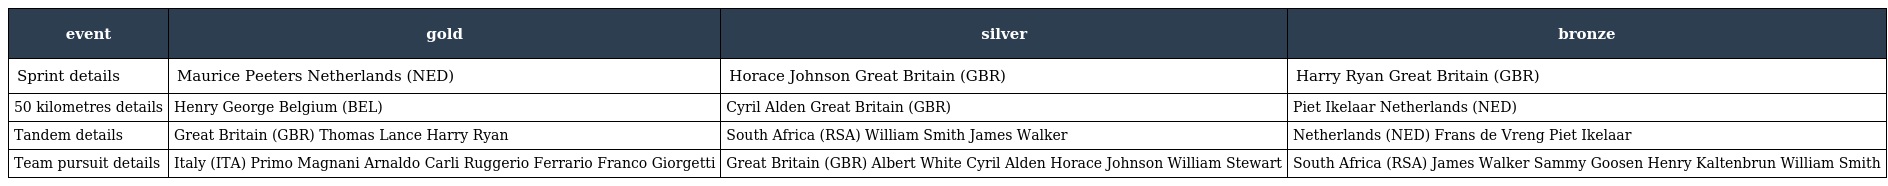
| event | gold | silver | bronze |
 | --- | --- | --- | --- |
 | Sprint details | Maurice Peeters Netherlands (NED) | Horace Johnson Great Britain (GBR) | Harry Ryan Great Britain (GBR) |
 | 50 kilometres details | Henry George Belgium (BEL) | Cyril Alden Great Britain (GBR) | Piet Ikelaar Netherlands (NED) |
 | Tandem details | Great Britain (GBR) Thomas Lance Harry Ryan | South Africa (RSA) William Smith James Walker | Netherlands (NED) Frans de Vreng Piet Ikelaar |
 | Team pursuit details | Italy (ITA) Primo Magnani Arnaldo Carli Ruggerio Ferrario Franco Giorgetti | Great Britain (GBR) Albert White Cyril Alden Horace Johnson William Stewart | South Africa (RSA) James Walker Sammy Goosen Henry Kaltenbrun William Smith |